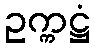
ဥက္ကဋ္ဌံ